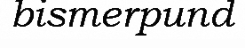
bismerpund